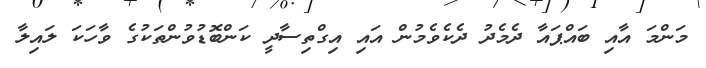
މަންމަ އާއި ބައްޕައާ ދެމެދު ދެކެވެމުން އައި އިގްތިސާދީ ކަންބޮޑުވުންތަކުގެ ވާހަކަ ލައިލާ